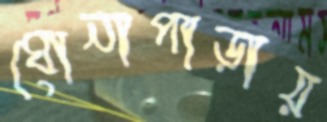
ঘোনাপাড়ায়